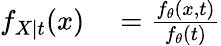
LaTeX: \begin{array}{rl}{f_{X\mid t}(x)}&{{}={\frac{f_{\theta}(x,t)}{f_{\theta}(t)}}}\end{array}